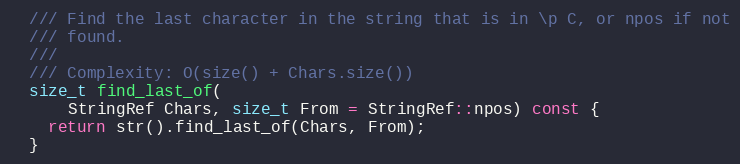
Language: C
  /// Find the last character in the string that is in \p C, or npos if not
  /// found.
  ///
  /// Complexity: O(size() + Chars.size())
  size_t find_last_of(
      StringRef Chars, size_t From = StringRef::npos) const {
    return str().find_last_of(Chars, From);
  }